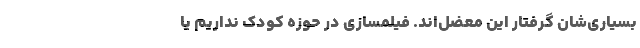
بسیاری‌شان گرفتارِ این معضل‌اند. فیلمسازی در حوزه کودک نداریم یا